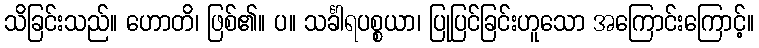
သိခြင်းသည်။ ဟောတိ၊ ဖြစ်၏။ ပ။ သင်္ခါရပစ္စယာ၊ ပြုပြင်ခြင်းဟူသော အကြောင်းကြောင့်။